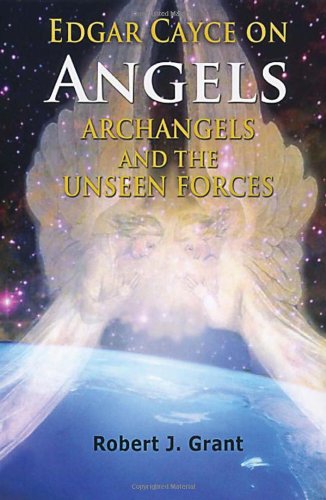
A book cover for Edgar Cayce on Angels, Archangels, and the Unseen Forces; Robert J. Grant; Christian Books & Bibles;